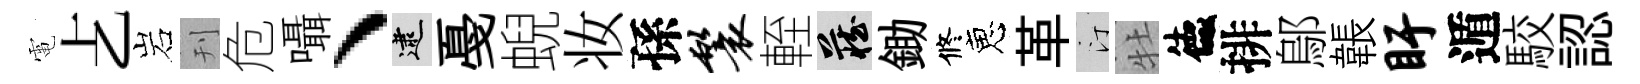
電𠧒岩刊危囁、逮戞蜺妆孫鬟輊藏鋤修恵革汀牡德排鄔韔盱遁駮認